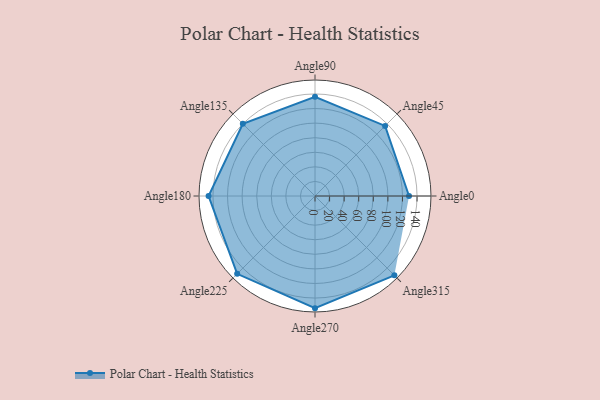
{"axis": {"x": "Angle", "y": "Radius"}, "legend": [""], "data": [{"x": "Angle0", "y": 129.0, "type": ""}, {"x": "Angle45", "y": 136.0, "type": ""}, {"x": "Angle90", "y": 136.0, "type": ""}, {"x": "Angle135", "y": 140.0, "type": ""}, {"x": "Angle180", "y": 146.0, "type": ""}, {"x": "Angle225", "y": 151.0, "type": ""}, {"x": "Angle270", "y": 154.0, "type": ""}, {"x": "Angle315", "y": 154.0, "type": ""}]}